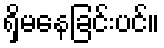
ရှိမနေခြင်းပင်။